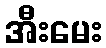
အီးမေး